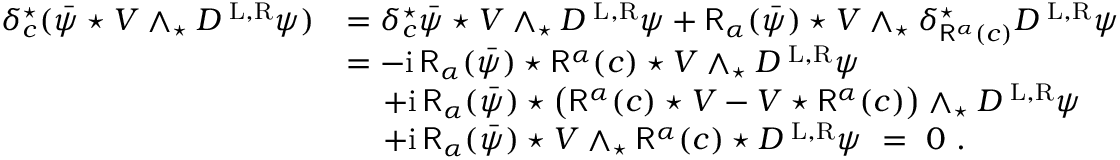
\begin{array} { r l } { \delta _ { c } ^ { \star } ( \bar { \psi } \star V \wedge _ { \star } D ^ { \mathrm { \tiny ~ L , R } } \psi ) } & { = \delta _ { c } ^ { \star } \bar { \psi } \star V \wedge _ { \star } D ^ { \mathrm { \tiny ~ L , R } } \psi + \mathsf { R } _ { \alpha } ( \bar { \psi } ) \star V \wedge _ { \star } \delta _ { \mathsf { R } ^ { \alpha } ( c ) } ^ { \star } D ^ { \mathrm { \tiny ~ L , R } } \psi } \\ & { = - { \mathrm { i } } \, \mathsf { R } _ { \alpha } ( \bar { \psi } ) \star \mathsf { R } ^ { \alpha } ( c ) \star V \wedge _ { \star } D ^ { \mathrm { \tiny ~ L , R } } \psi } \\ & { \quad \, + { \mathrm { i } } \, \mathsf { R } _ { \alpha } ( \bar { \psi } ) \star \big ( \mathsf { R } ^ { \alpha } ( c ) \star V - V \star \mathsf { R } ^ { \alpha } ( c ) \big ) \wedge _ { \star } D ^ { \mathrm { \tiny ~ L , R } } \psi } \\ & { \quad \, + { \mathrm { i } } \, \mathsf { R } _ { \alpha } ( \bar { \psi } ) \star V \wedge _ { \star } \mathsf { R } ^ { \alpha } ( c ) \star D ^ { \mathrm { \tiny ~ L , R } } \psi \ = \ 0 \ . } \end{array}